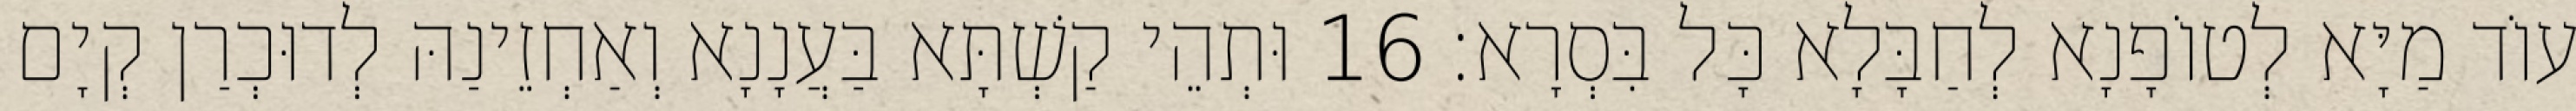
עוֹד מַיָּא לְטוֹפָנָא לְחַבָּלָא כָּל בִּסְרָא׃ 16 וּתְהֵי קַשְׁתָּא בַּעֲנָנָא וְאַחְזֵינַהּ לְדוּכְרַן קְיָם